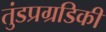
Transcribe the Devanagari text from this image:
तुंडप्रग्रडिकी